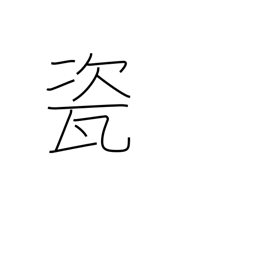
Meaning: high quality porcelain